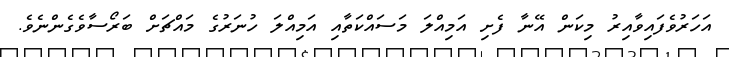
އަހަރުވެފައިވާއިރު މިކަން އޭނާ ފެށި އަމިއްލަ މަސައްކަތާއި އަމިއްލަ ހުނަރުގެ މައްޗަށް ބަރޯސާވެގެންނެވެ.